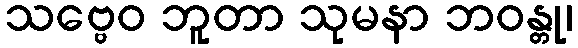
သဗ္ဗေဝ ဘူတာ သုမနာ ဘဝန္တု၊